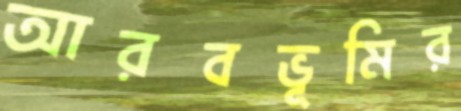
আরবভূমির